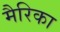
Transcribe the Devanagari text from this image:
मैरिका